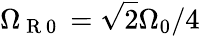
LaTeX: \Omega_{\mathrm{~R~0~}}=\sqrt{2}\Omega_{0}/4